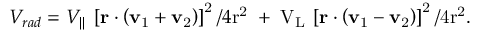
V _ { r a d } = V _ { \| } \: \left[ \bf r \cdot \left( v _ { \mathrm { 1 } } + v _ { \mathrm { 2 } } \right) \right] ^ { \mathrm { 2 } } / 4 \mathrm { r ^ { 2 } \; + \; V _ { L } \: \left[ \bf r \cdot \left( v _ { \mathrm { 1 } } - v _ { \mathrm { 2 } } \right) \right] ^ { \mathrm { 2 } } / 4 \mathrm { r ^ { 2 } . } }